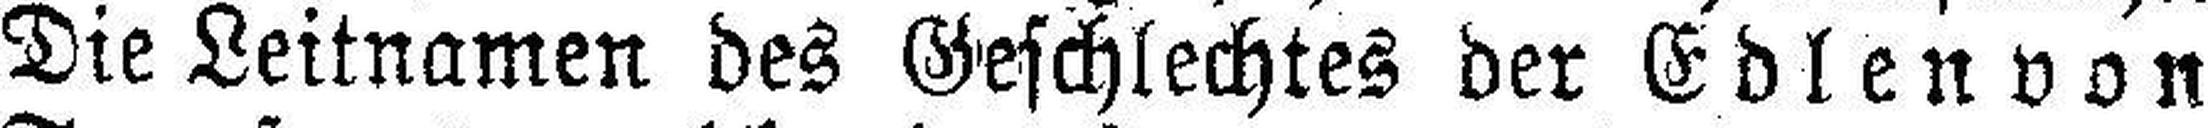
Die Leitnamen des Geschlechtes der Edlen von